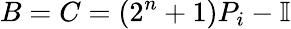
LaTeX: B=C=\left(2^{n}+1\right)P_{i}-\mathbb{I}